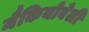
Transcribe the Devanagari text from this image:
मैकियोवेली